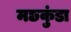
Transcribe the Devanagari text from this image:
मछकुंडा